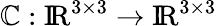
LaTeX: {\boldsymbol{\mathbb{C}}}:\mathrm{{{I\! R}}}^{3\times3}\rightarrow\mathrm{{{I\! R}}}^{3\times3}